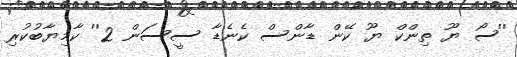
''ސޯ ޔޫ ތިންކް ޔޫ ކޭން ޑާންސް ކެނެޑާ ސީސަން 2'' ކާމިޔާބުކުރި